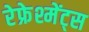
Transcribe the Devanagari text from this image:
रेफ्रेश्मेंट्स